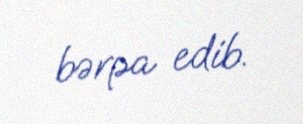
bərpa edib.